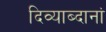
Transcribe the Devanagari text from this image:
दिव्याब्दानां